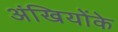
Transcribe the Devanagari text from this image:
अंखियोंके